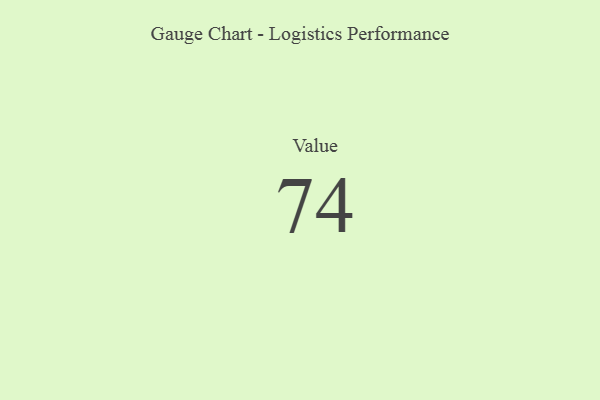
{"axis": {"x": "Metric", "y": "Value"}, "legend": [""], "data": [{"x": "Value", "y": 74, "type": ""}]}